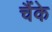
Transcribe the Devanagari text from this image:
चैंके